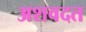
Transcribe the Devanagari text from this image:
अशवदत